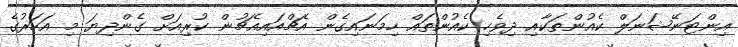
އިންޓަނޭޝަނަލް ކެއުންތަކާއި ދިވެހި ކެއުންތައް ހިމަނައިގެން އެޗްއައިއެޗުން ކުރިއަށް ގެންދިޔަ މި އަހަރުގެ